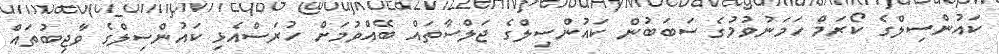
ކައުންސިލްގެ ކޯރަމް ހަމަނުވުމުގެ ސަބަބުން ކައުންސިލްގެ ޖަލްސާތައް ބޭއްވުމަށް ހުރަސްއެޅި ކައުންސިލްގެ ވާޖިބުތައް